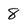
Character: 8